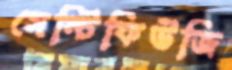
সেন্টিফিউজি